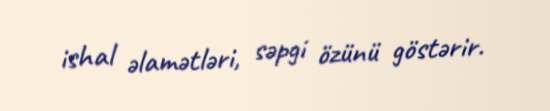
ishal əlamətləri, səpgi özünü göstərir.